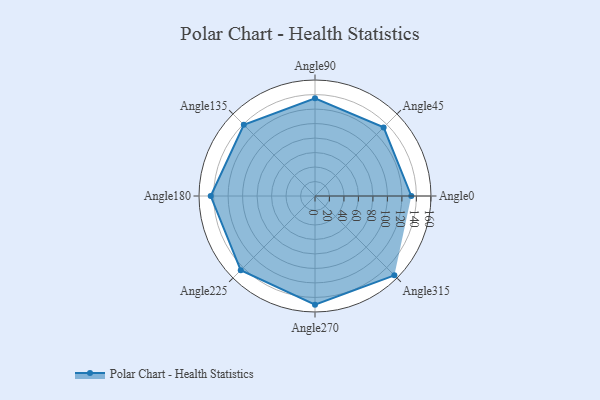
{"axis": {"x": "Angle", "y": "Radius"}, "legend": [""], "data": [{"x": "Angle0", "y": 133.0, "type": ""}, {"x": "Angle45", "y": 134.0, "type": ""}, {"x": "Angle90", "y": 135.0, "type": ""}, {"x": "Angle135", "y": 139.0, "type": ""}, {"x": "Angle180", "y": 144.0, "type": ""}, {"x": "Angle225", "y": 145.0, "type": ""}, {"x": "Angle270", "y": 150.0, "type": ""}, {"x": "Angle315", "y": 155.0, "type": ""}]}